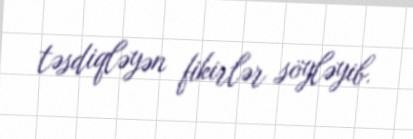
təsdiqləyən fikirlər söyləyib.